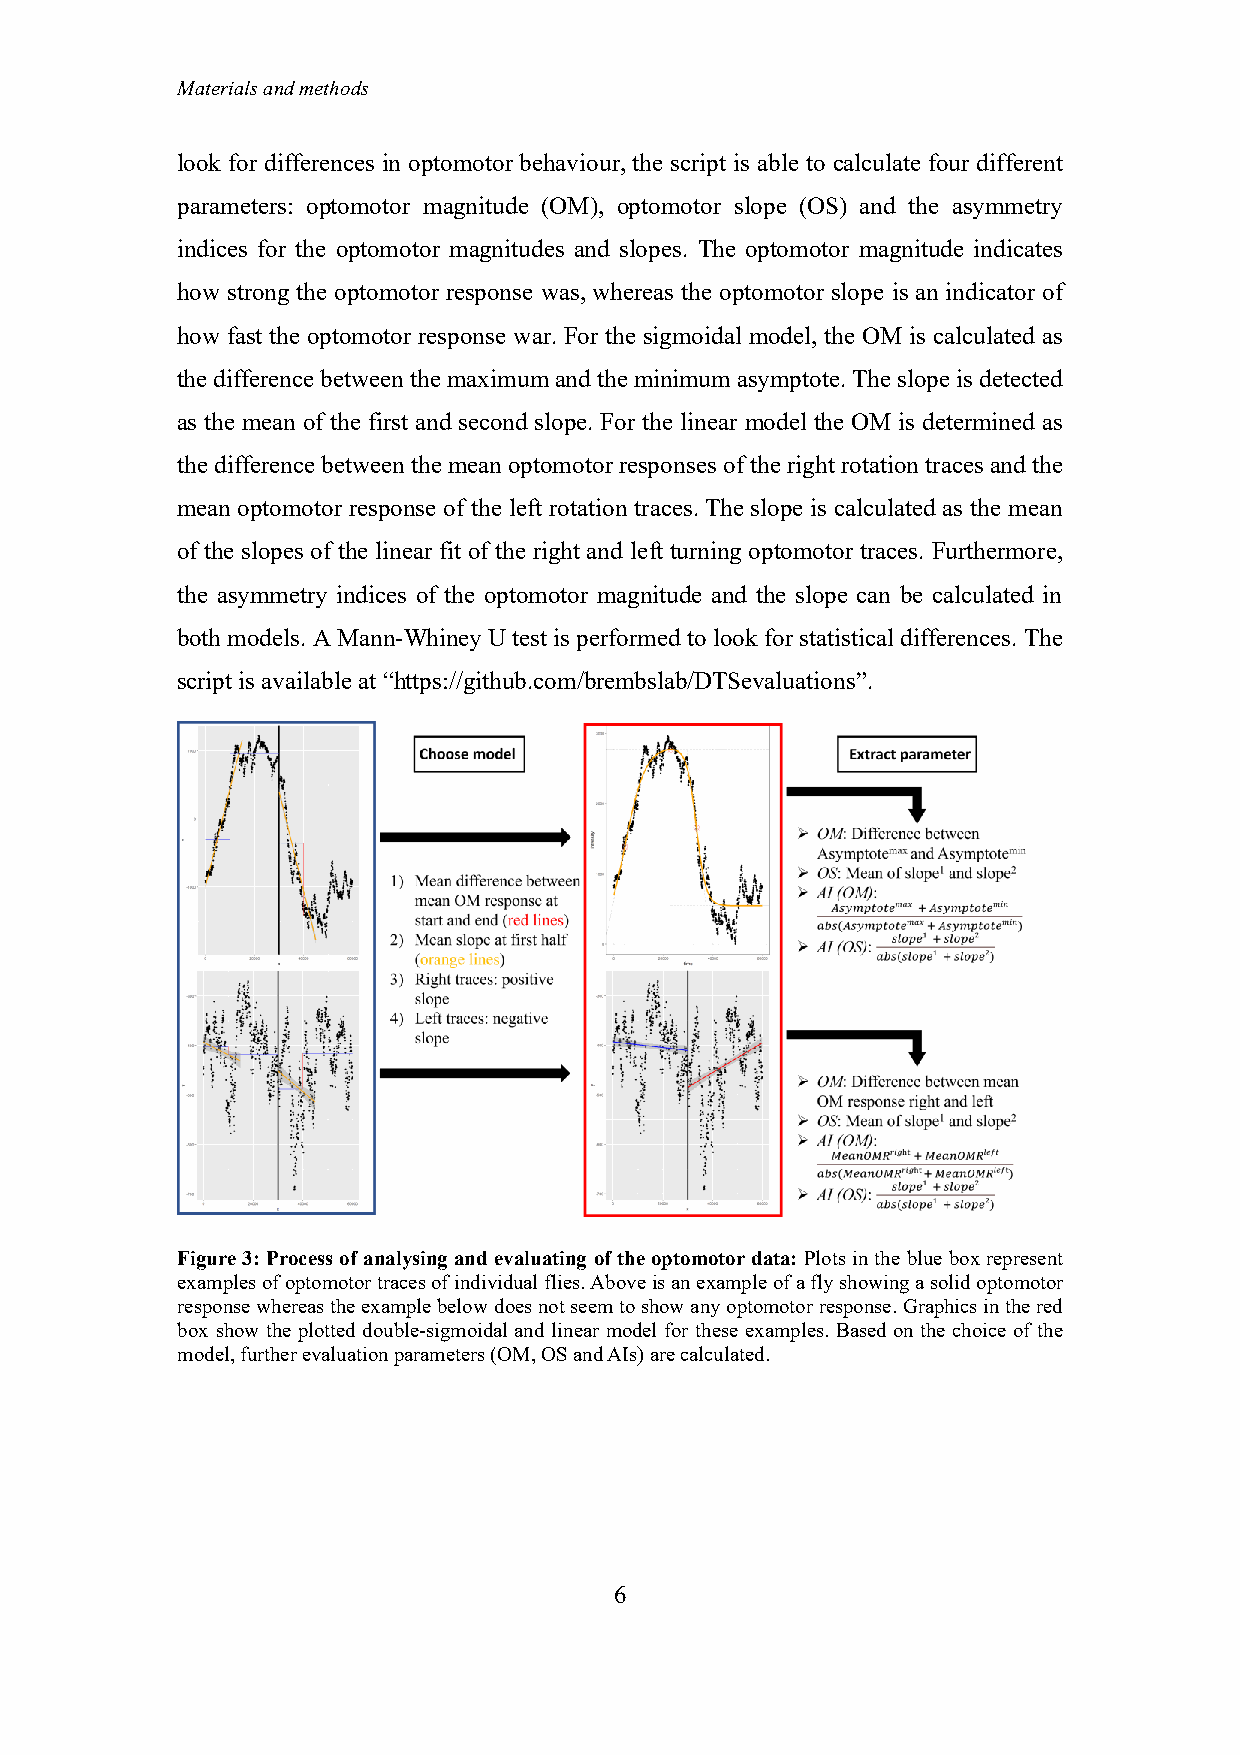
Materials and methods
 look for differences in optomotor behaviour, the script is able to calculate four different
 parameters: optomotor magnitude (OM), optomotor slope (OS) and the asymmetry
 indices for the optomotor magnitudes and slopes. The optomotor magnitude indicates
 how strong the optomotor response was, whereas the optomotor slope is an indicator of
 how fast the optomotor response war. For the sigmoidal model, the OM is calculated as
 the difference between the maximum and the minimum asymptote. The slope is detected
 as the mean of the first and second slope. For the linear model the OM is determined as
 the difference between the mean optomotor responses of the right rotation traces and the
 mean optomotor response of the left rotation traces. The slope is calculated as the mean
 of the slopes of the linear fit of the right and left turning optomotor traces. Furthermore,
 the asymmetry indices of the optomotor magnitude and the slope can be calculated in
 both models. A Mann-Whiney U test is performed to look for statistical differences. The
 script is available at “https://github.com/brembslab/DTSevaluations”.
 Figure 3: Process of analysing and evaluating of the optomotor data: Plots in the blue box represent
 examples of optomotor traces of individual flies. Above is an example of a fly showing a solid optomotor
 response whereas the example below does not seem to show any optomotor response. Graphics in the red
 box show the plotted double-sigmoidal and linear model for these examples. Based on the choice of the
 model, further evaluation parameters (OM, OS and AIs) are calculated.
 6